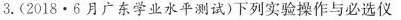
3.(2018·6月广东学业水平测试)下列实验操作与必选仪